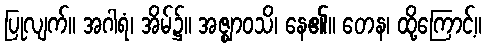
ပြုလျက်။ အဂါရံ၊ အိမ်၌။ အဇ္ဈာဝသိ၊ နေ၏။ တေန၊ ထို့ကြောင့်။